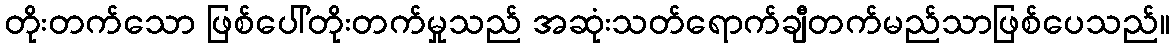
တိုးတက်သော ဖြစ်ပေါ်တိုးတက်မှုသည် အဆုံးသတ်ရောက်ချီတက်မည်သာဖြစ်ပေသည်။